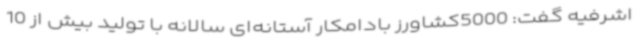
اشرفیه گفت: 5000کشاورز بادامکار آستانه‌ای سالانه با تولید بیش از 10